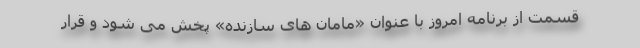
قسمت از برنامه امروز با عنوان «مامان های سازنده» پخش می شود و قرار